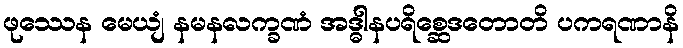
ဖုဿေန မေယျံ နမနလက္ခဏံ အဒ္ဓါနပရိစ္ဆေဒတောတိ ပကရဏာနိ